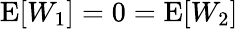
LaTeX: \operatorname{E}[W_{1}]=0=\operatorname{E}[W_{2}]